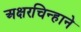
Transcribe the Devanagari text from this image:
अक्षरचिन्हाने